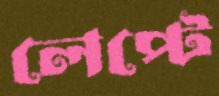
লেপ্টে